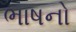
ભાષનો